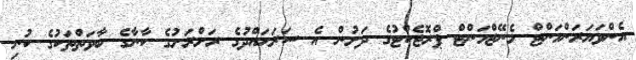
އެންވަޔަރަންމަންޓް މެނޭޖްމަންޓް ޕްރޮޖެކްޓުގެ ދަށުން އެ ސަރަޙައްދުގެ ރަށްރަށުގެ ކާނާގެ ބާވަތްތަކުގެ ކުނި